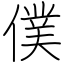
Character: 僕